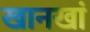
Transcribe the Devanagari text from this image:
खानखां